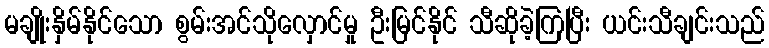
မချိုးနှိမ်နိုင်သော စွမ်းအင်သိုလှောင်မှု ဦးမြင်နိုင် သီဆိုခဲ့ကြပြီး ယင်းသီချင်းသည်